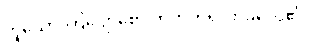
ဟူသော ကြျောစော ကိတ်တိရှိလာခဲ့လေ၏။